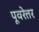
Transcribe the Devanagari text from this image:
पूवरेत्तर